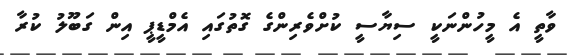
ވާތީ އެ މީހުންނަކީ ސިޔާސީ ކުށްވެރިންގެ ގޮތުގައި އެމްޑީޕީ އިން ގަބޫލު ކުރާ